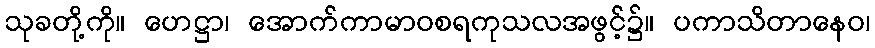
သုခတို့ကို။ ဟေဋ္ဌာ၊ အောက်ကာမာဝစရကုသလအဖွင့်၌။ ပကာသိတာနေဝ၊